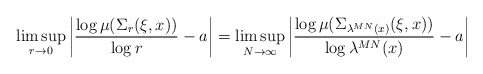
\begin{align*}\limsup _{r \rightarrow 0} \left| \frac{\log \mu ( \Sigma _r ( \xi , x ) )}{\log r} - a \right| =\limsup _{N \rightarrow \infty} \left| \frac{\log \mu ( \Sigma _{\lambda ^{M N} (x)} ( \xi , x ) )}{\log \lambda ^{ M N} (x)} - a \right|\end{align*}